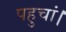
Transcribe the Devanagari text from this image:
पहुचां।